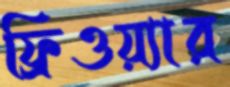
ফ্রিওয়্যার